画像に写った文字を読んでください
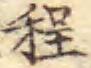
「程」と書いてあります